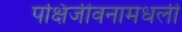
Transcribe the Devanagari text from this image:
पक्षिजीवनामधली